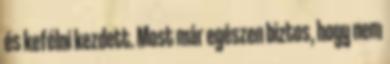
és kefélni kezdett. Most már egészen biztos, hogy nem